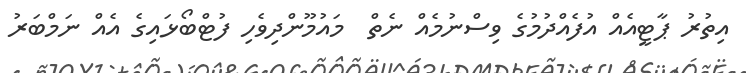
އިތުރު ޕާޓީއެއް އުފެއްދުމުގެ ވިސްނުމެއް ނެތް  މައުމޫންދިވެހި ފުޓްބޯޅައިގެ އެއް ނަމްބަރު